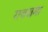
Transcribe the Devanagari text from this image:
राजक्षमा